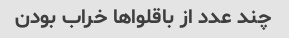
چند عدد از باقلوا‌ها خراب بودن